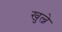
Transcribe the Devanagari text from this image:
खुल्ने